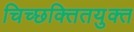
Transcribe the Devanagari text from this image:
चिच्छक्तितयुक्त